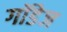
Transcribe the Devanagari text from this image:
गॉडेज